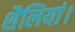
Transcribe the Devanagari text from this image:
शैलियां।